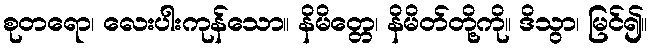
စုတရော၊ လေးပါးကုန်သော။ နိမိတ္တေ၊ နိမိတ်တို့ကို။ ဒိသွာ၊ မြင်၍။